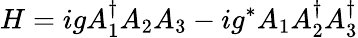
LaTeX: H=igA_{1}^{\dagger}A_{2}A_{3}-ig^{*}A_{1}A_{2}^{\dagger}A_{3}^{\dagger}